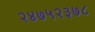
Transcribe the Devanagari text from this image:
२४७५२३७८